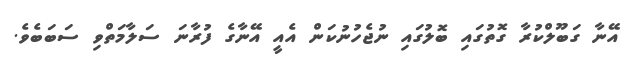
އޭނާ ގަބޫލްކުރާ ގޮތުގައި ބޮލުގައި ނުޖެހުނުކަން އެއީ އޭނާގެ ފުރާނަ ސަލާމަތްވި ސަބަބެވެ.